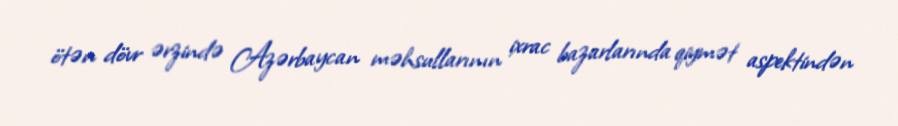
ötən dövr ərzində Azərbaycan məhsullarının ixrac bazarlarında qiymət aspektindən